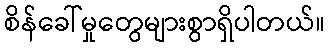
စိန်ခေါ်မှုတွေများစွာရှိပါတယ်။